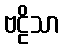
ဗဠိသာ